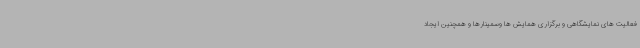
فعالیت های نمایشگاهی و برگزاری همایش ها وسمینارها و همچنین ایجاد